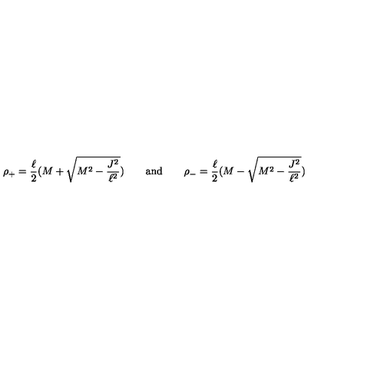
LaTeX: \rho _ { + } = \frac \ell 2 ( M + \sqrt { M ^ { 2 } - \frac { J ^ { 2 } } { \ell ^ { 2 } } } ) \qquad \mathrm { a n d } \qquad \rho _ { - } = \frac \ell 2 ( M - \sqrt { M ^ { 2 } - \frac { J ^ { 2 } } { \ell ^ { 2 } } } ) \qquad